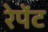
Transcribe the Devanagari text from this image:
रेपेंट